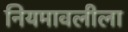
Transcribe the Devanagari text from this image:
नियमावलीला